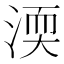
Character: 渜